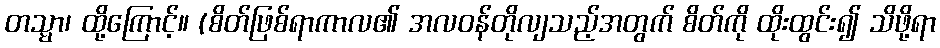
တသ္မာ၊ ထို့ကြောင့်။ (စိတ်ဖြစ်ရာကာလ၏ အလဝန်တိုလျသည့်အတွက် စိတ်ကို ထိုးထွင်း၍ သိဖို့ရာ